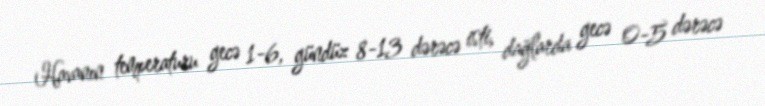
Havanın temperaturu gecə 1-6, gündüz 8-13 dərəcə isti, dağlarda gecə 0-5 dərəcə